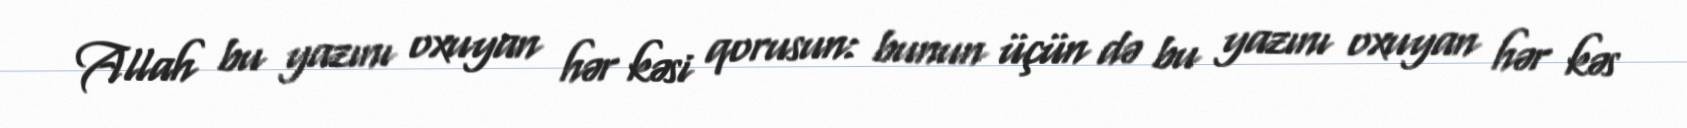
Allah bu yazını oxuyan hər kəsi qorusun: bunun üçün də bu yazını oxuyan hər kəs